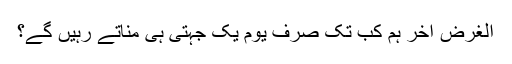
الغرض آخر ہم کب تک صرف یوم یک جہتی ہی مناتے رہیں گے؟